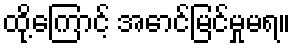
ထို့ကြောင့် အောင်မြင်မှုမရ။